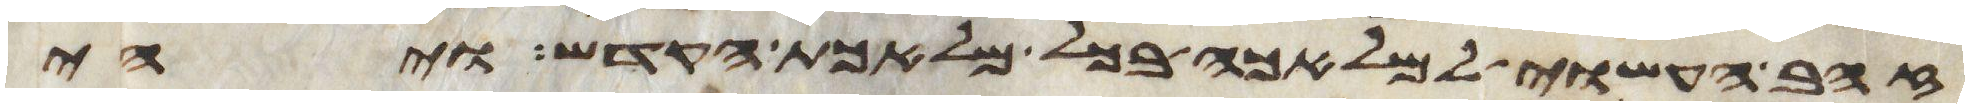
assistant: זהב העשוי למלאכה בכל מלאכת הקדש ויהי